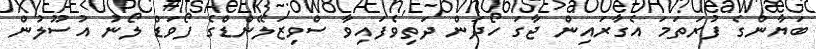
ބަޔާންގެ ފުރަތަމަ އެގާރައިން ޖާގަ ހޯދަން ދަތިވެފައިވާ ސްވިޒަލޭންޑްގެ ފޯވަޑް ލޯނު އުސޫލުން